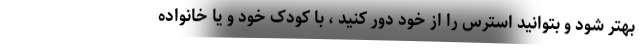
بهتر شود و بتوانید استرس را از خود دور کنید ، با کودک خود و یا خانواده